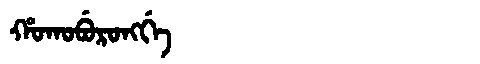
Manchu: ᡥᠣᡴᠣᠪᡠᡵᠣᠩᡤᡝ
Romanization: HOKOBURONGGE